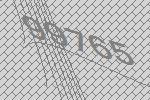
99765